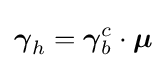
{\boldsymbol {\gamma }}_{h}={\boldsymbol {\gamma }}_{b}^{c}\cdot {\boldsymbol {\mu }}